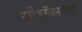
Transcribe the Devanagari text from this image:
सीहॉक्सचा